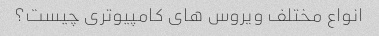
انواع مختلف ویروس های کامپیوتری چیست؟